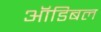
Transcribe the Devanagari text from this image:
ऑडिबल